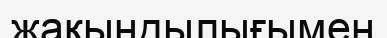
жақындылығымен